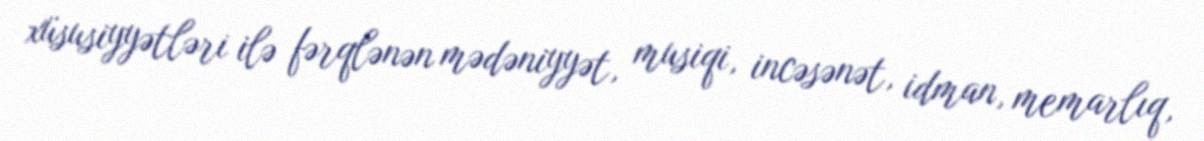
xüsusiyyətləri ilə fərqlənən mədəniyyət, musiqi, incəsənət, idman, memarlıq,